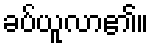
ခပ်ယူလာ၏။